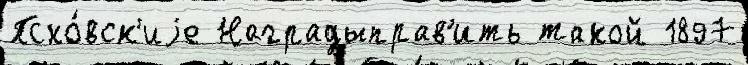
Пско́вск'иjе Наградыправ'ить такой 1897